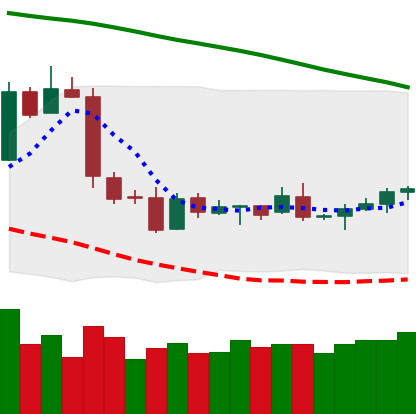
Ticker: LTC-USD
Chart end date: 2019-01-25
Forward return: -3.186%
Label: down_3_5